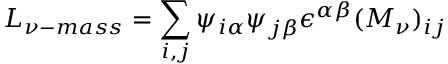
{ \cal L } _ { \nu - m a s s } = \sum _ { i , j } \psi _ { i \alpha } \psi _ { j \beta } \epsilon ^ { \alpha \beta } ( M _ { \nu } ) _ { i j }